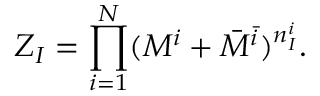
Z _ { I } = \prod _ { i = 1 } ^ { N } ( M ^ { i } + \bar { M } ^ { \bar { i } } ) ^ { n _ { I } ^ { i } } .